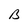
Character: B